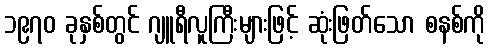
၁၉၇၀ ခုနှစ်တွင် ဂျူရီလူကြီးများဖြင့် ဆုံးဖြတ်သော စနစ်ကို